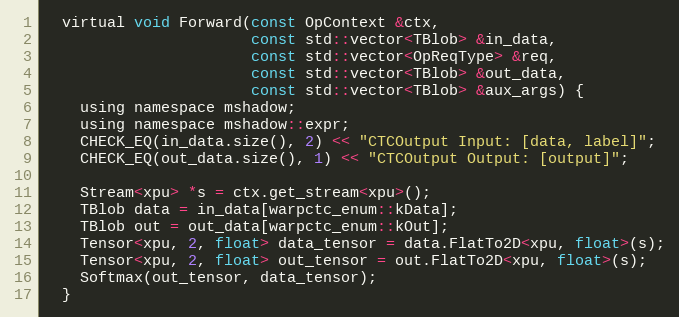
Language: C
  virtual void Forward(const OpContext &ctx,
                       const std::vector<TBlob> &in_data,
                       const std::vector<OpReqType> &req,
                       const std::vector<TBlob> &out_data,
                       const std::vector<TBlob> &aux_args) {
    using namespace mshadow;
    using namespace mshadow::expr;
    CHECK_EQ(in_data.size(), 2) << "CTCOutput Input: [data, label]";
    CHECK_EQ(out_data.size(), 1) << "CTCOutput Output: [output]";

    Stream<xpu> *s = ctx.get_stream<xpu>();
    TBlob data = in_data[warpctc_enum::kData];
    TBlob out = out_data[warpctc_enum::kOut];
    Tensor<xpu, 2, float> data_tensor = data.FlatTo2D<xpu, float>(s);
    Tensor<xpu, 2, float> out_tensor = out.FlatTo2D<xpu, float>(s);
    Softmax(out_tensor, data_tensor);
  }